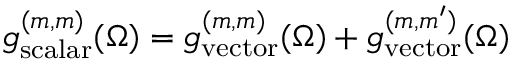
g _ { \mathrm { s c a l a r } } ^ { ( m , m ) } ( \Omega ) = g _ { \mathrm { v e c t o r } } ^ { ( m , m ) } ( \Omega ) + g _ { \mathrm { v e c t o r } } ^ { ( m , m ^ { \prime } ) } ( \Omega )